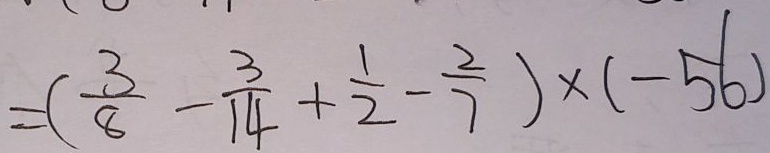
= ( \frac { 3 } { 8 } - \frac { 3 } { 1 4 } + \frac { 1 } { 2 } - \frac { 2 } { 7 } ) \times ( - 5 6 )